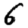
Digit: 6